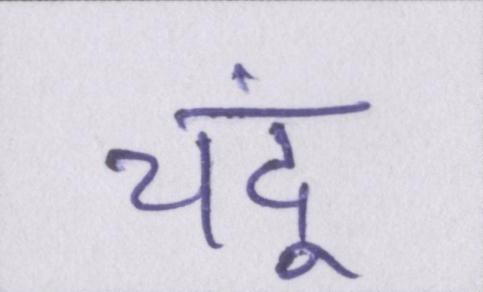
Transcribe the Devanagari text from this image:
चंदू